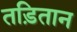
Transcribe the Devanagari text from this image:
तड़ितान